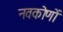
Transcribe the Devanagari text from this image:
नवकोणों